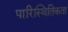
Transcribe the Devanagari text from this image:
पारिस्थितिकता